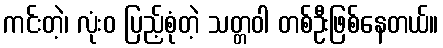
ကင်းတဲ့၊ လုံးဝ ပြည့်စုံတဲ့ သတ္တဝါ တစ်ဦးဖြစ်နေတယ်။